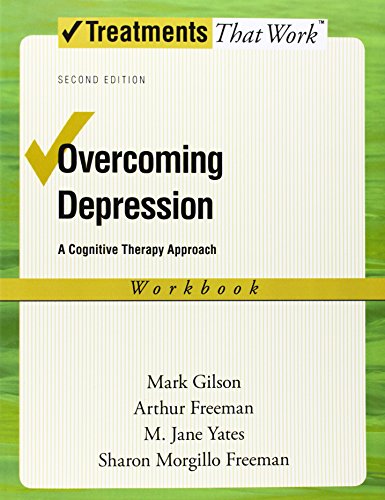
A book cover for Overcoming Depression: A Cognitive Therapy Approach (Treatments That Work); Mark Gilson; Health, Fitness & Dieting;